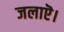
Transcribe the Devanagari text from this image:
जलाऎ।